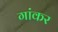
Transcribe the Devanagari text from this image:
गांकर